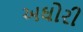
અઘોરી